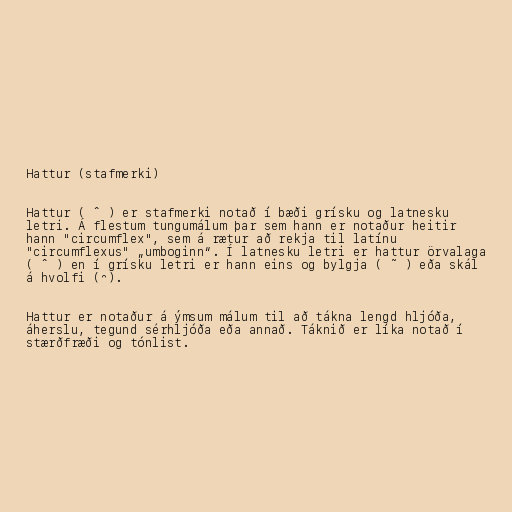
Hattur (stafmerki)

Hattur ( ˆ ) er stafmerki notað í bæði grísku og latnesku
letri. Á flestum tungumálum þar sem hann er notaður heitir
hann "circumflex", sem á rætur að rekja til latínu
"circumflexus" „umboginn“. Í latnesku letri er hattur örvalaga
( ˆ ) en í grísku letri er hann eins og bylgja ( ˜ ) eða skál
á hvolfi ( ̑).

Hattur er notaður á ýmsum málum til að tákna lengd hljóða,
áherslu, tegund sérhljóða eða annað. Táknið er líka notað í
stærðfræði og tónlist.